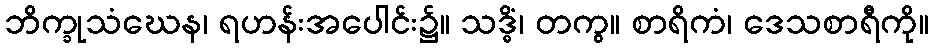
ဘိက္ခုသံဃေန၊ ရဟန်းအပေါင်း၌။ သဒ္ဓိံ၊ တကွ။ စာရိကံ၊ ဒေသစာရီကို။